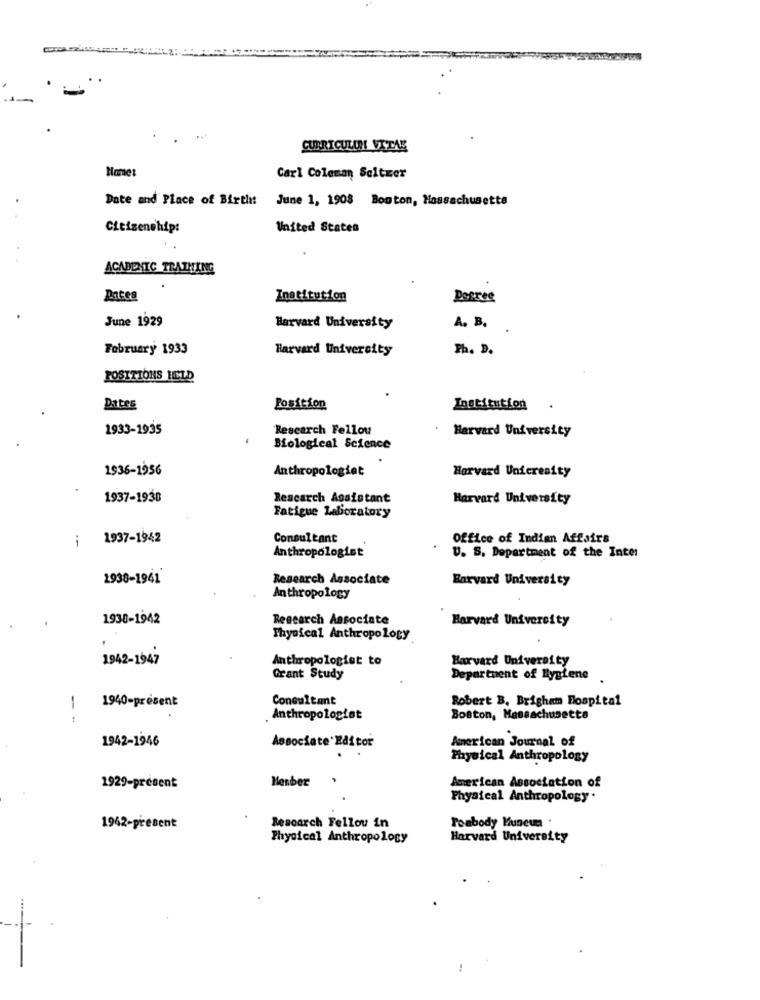
CURRICULUM VITAE
Home:
Carl Coleman Seltzer
Date and Place of Birth:
June 1, 1908 Boston, Massachusetts
Citizenship:
United States
ACADEMIC TRATHING
Pates
Institution
Degree
June 1929
A. B.
Harvard University
February 1933
Harvard University
Ph. D.
POSITIONS HELD
Dates
Position
Institution
1933-1935
Research Fellow
Harvard University
Biological Science
1936-1956
Anthropologiet
Harvard Unteresity
1937-1938
Rescarch Assistant
Harvard University
Fatigue Laboratory
i
1937-1942
Consultant
Office of Indian Affairs
Anthropologist
U. S. Department of the Inter
1938-1941
Research Associate
Harvard University
Anthropology
1938-1942
Research Associate
Harvard University
Thyofcal Anthropology
1942-1947
Anthropologist to
Harvard University
Grant Study
Department of Hygiene
1
1940-présent
Consultant
Robert B. Brigham Hospital
Anthropologist
Boston, Massachusetts
1942-1946
American Journal of
Associate Editor
Physical Anthropology
Menber
American Association of
1929-present
Physical Anthropology .
Peabody Muncua .
1942-present
Research Fellow in
Physical Anthropology
Harvard University